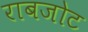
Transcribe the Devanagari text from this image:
राबजोट